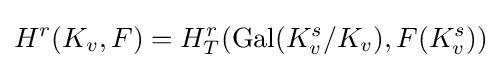
H^{r}(K_{v},F)=H_{T}^{r}(\mathrm {Gal} (K_{v}^{s}/K_{v}),F(K_{v}^{s}))